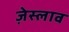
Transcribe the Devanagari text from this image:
ज़ेस्लाव